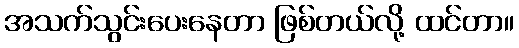
အသက်သွင်းပေးနေတာ ဖြစ်တယ်လို့ ထင်တာ။